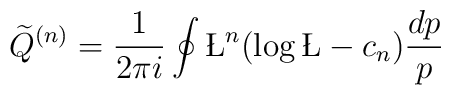
{\widetilde Q}^{(n)} = \frac{1}{2\pi i} \oint \L^n (\log\L - c_n)\frac{dp}{p}